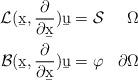
LaTeX: \begin{align*}\begin{aligned}\mathcal L(\b x,\frac{\partial}{\partial \b x})\b u &= \mathcal S & \Omega \\\mathcal B(\b x,\frac{\partial}{\partial \b x})\b u &= \varphi & \partial\Omega\end{aligned}\end{align*}